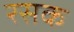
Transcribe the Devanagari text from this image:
रसक